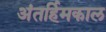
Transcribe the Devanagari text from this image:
अंतर्हिमकाल